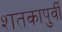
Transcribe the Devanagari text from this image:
शतकापुर्वी